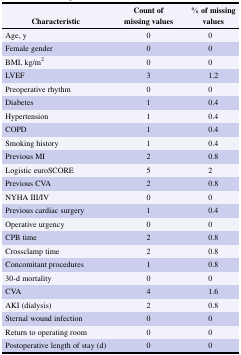
<table><thead><tr><td><b>Characteristic</b></td><td><b>Count of missing values</b></td><td><b>% of missing values</b></td></tr></thead><tbody><tr><td>Age, y</td><td>0</td><td>0</td></tr><tr><td>Female gender</td><td>0</td><td>0</td></tr><tr><td>BMI, kg/m<sup>2</sup></td><td>0</td><td>0</td></tr><tr><td>LVEF</td><td>3</td><td>1.2</td></tr><tr><td>Preoperative rhythm</td><td>0</td><td>0</td></tr><tr><td>Diabetes</td><td>1</td><td>0.4</td></tr><tr><td>Hypertension</td><td>1</td><td>0.4</td></tr><tr><td>COPD</td><td>1</td><td>0.4</td></tr><tr><td>Smoking history</td><td>1</td><td>0.4</td></tr><tr><td>Previous MI</td><td>2</td><td>0.8</td></tr><tr><td>Logistic euroSCORE</td><td>5</td><td>2</td></tr><tr><td>Previous CVA</td><td>2</td><td>0.8</td></tr><tr><td>NYHA III/IV</td><td>0</td><td>0</td></tr><tr><td>Previous cardiac surgery</td><td>1</td><td>0.4</td></tr><tr><td>Operative urgency</td><td>0</td><td>0</td></tr><tr><td>CPB time</td><td>2</td><td>0.8</td></tr><tr><td>Crossclamp time</td><td>2</td><td>0.8</td></tr><tr><td>Concomitant procedures</td><td>1</td><td>0.8</td></tr><tr><td>30-d mortality</td><td>0</td><td>0</td></tr><tr><td>CVA</td><td>4</td><td>1.6</td></tr><tr><td>AKI (dialysis)</td><td>2</td><td>0.8</td></tr><tr><td>Sternal wound infection</td><td>0</td><td>0</td></tr><tr><td>Return to operating room</td><td>0</td><td>0</td></tr><tr><td>Postoperative length of stay (d)</td><td>0</td><td>0</td></tr></tbody></table>